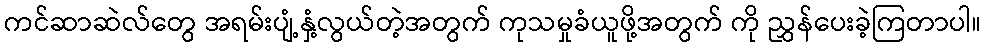
ကင်ဆာဆဲလ်တွေ အရမ်းပျံ့နှံ့လွယ်တဲ့အတွက် ကုသမှုခံယူဖို့အတွက် ကို ညွှန်ပေးခဲ့ကြတာပါ။